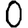
Digit: 0